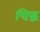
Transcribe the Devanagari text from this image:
चिद्ध